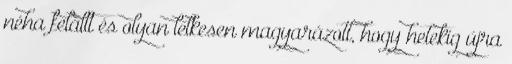
néha felállt és olyan lelkesen magyarázott, hogy hetekig újra